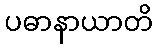
ပဓာနာယာတိ